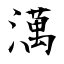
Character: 澫